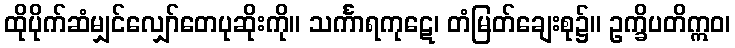
ထိုပိုက်ဆံမျှင်လျှော်တေပုဆိုးကို။ သင်္ကာရကုဋေ၊ တံမြတ်ချေးစု၌။ ဥက္ခိပတိဣဝ၊